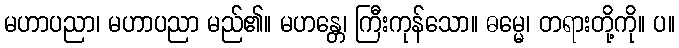
မဟာပညာ၊ မဟာပညာ မည်၏။ မဟန္တေ၊ ကြီးကုန်သော။ ဓမ္မေ၊ တရားတို့ကို။ ပ။